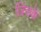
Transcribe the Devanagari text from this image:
जिसकें